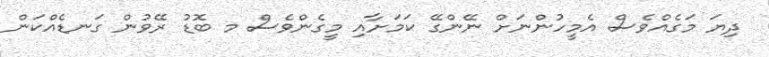
ދިޔަ މަގެއްވެސް އެމީހުންނަށް ނޭންގޭ ކަމަށާއި މީގެންވެސް މ ބޮޑު ރޭވުން ގަނޑެއްކަން